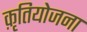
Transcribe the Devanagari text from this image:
क़ृतियोजना